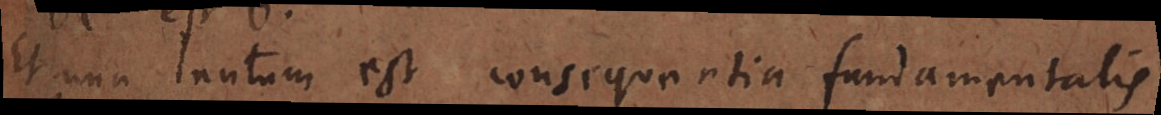
Et una tantum est consequentia fundamentalis